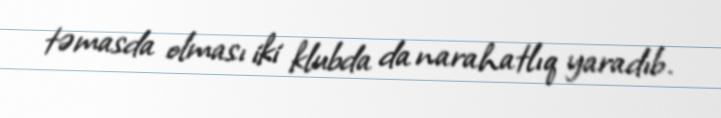
təmasda olması iki klubda da narahatlıq yaradıb.